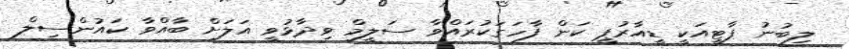
ލިބުނު ޕާޓީއަކީ ޑީއާރުޕީ ކަން ފާހަގަކުރައްވާ ސަލީމް ވިދާޅުވީ އަލަށް ބާއްވާ ކައުންސިލް